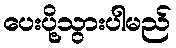
ပေးပို့သွားပါမည်